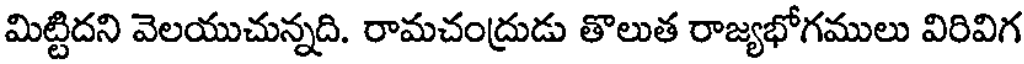
మిట్టిదని వెలయుచున్నది. రామచంద్రుడు తొలుత రాజ్యభోగములు విరివిగ